Report of the Municipal Commissioner on the plague in Bombay for the year ending 31st May... - Volume 2
Disease focus: Plague
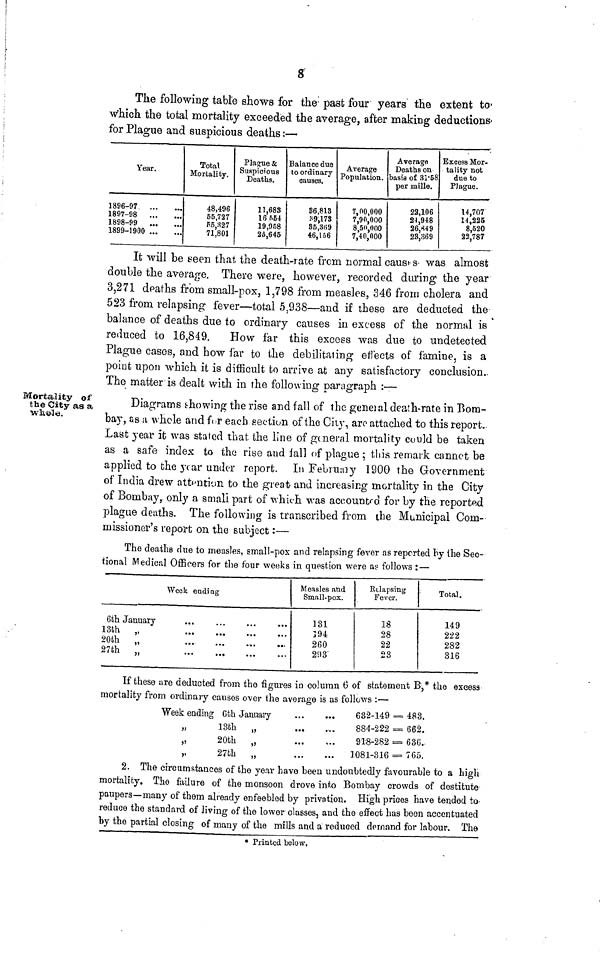
8
The following table shows for the past four years the extent to-
which the total mortality exceeded the average, after making deductions
for Plague and suspicious deaths:—
Year.
1896-97
1897-98
1898-99
1899-1900
Total
Mortality.
48,496
55,727
P5.327
71,801
Plague &
Suspicious
Deaths.
11,683
16654
19,958
25,645
Balance due
to ordinary
causes.
86,813
*9,178
85.3H9
46,156
Average
Population.
7,00,000
7,90,000
8,50,000
7,40,000
Average
Deaths on
basis of 31-58
per mille.
22,106
24,948
26,*49
23,369
Excess Mor-
tality not
due to
Plague.
14,707
14,225
8,520
22,787
It will be seen that the death-rate frcm normal causes- was almost
double the average. There were, however, recorded during 1 the year
3,271 deaths from small-pox, 1,798 from measles, 346 from cholera and
523 from relapsing fever—total 5,938—and if these are deducted the
balance of deaths due to ordinary causes in excess of the normal is
reduced to 16,849.
How far this excess was due to undetected
Plague cases, and how far to the debilitating effects of famine, is a
poiot upon which it is difficult to arrive at any satisfactory conclusion.
The matter is dealt with in the follo\ving paragraph :—
Mortality of
the City as a
WlWi8.
Diagrams showing the rise and fall of the geneial death-rate in Bom-
bay, as n vhcle and for each section of the City, aro attached to this report.-
Last year it was staled that the line of general mortality could be taken
as a safe index to the rise and iall of plague ; this remark cannot be
applied to the year under report. In Februaiy 1900 the Government
of India drew attrition to the great and increasing mortality in the City
of Bombay, only a small part of which was accountf d for by the reported
plague deaths. The following is transcribed from ibe Municipal Com-
missioner's report on the subject:—
The deaths due to measles, small-pox and relapsing fever as reported by the Sec-
tional Medical Officers for the four weeks in question were as follows : —
Week ending
6th January
...
13th
„
20th „
27th „
Measles and
Small-pox.
131
394
260
293
Relapsing
Fever.
18
28
22
23
Total.
149
222
282
316
If these are deducted from the figures in column 6 of statement B,* the excess
mortality from ordinary causes over the average is as follows :—
Week ending Gth January
.
13th „
20th „
27th „
632-149 = 483.
884-222 = 662.
918-282 = 636.
3081-316 = 765.
2. The circumstances of the year have been undoubtedly favourable to a high
mortality. The failure of the monsoon drove into Bombay crowds of destitute
paupers—many of them already enfeebled by privntion. High prices have tended to
reduce the standard of living of the lower classes, and the effect has boon accentuated
by the partial closing of many of the mills and a reduced demand for labour. The
* Printed below.